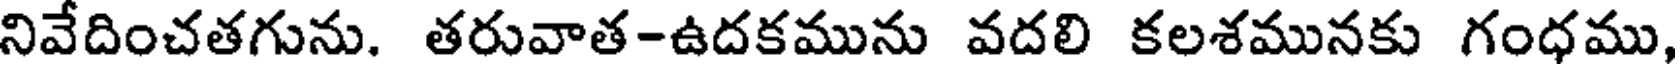
నివేదించతగును. తరువాత-ఉదకమును వదలి కలశమునకు గంధము,